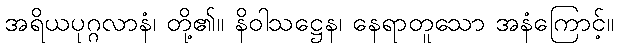
အရိယပုဂ္ဂလာနံ၊ တို့၏။ နိဝါသဋ္ဌေန၊ နေရာတူသော အနံကြောင့်။